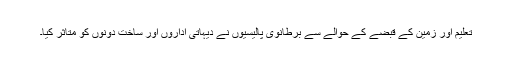
تعلیم اور زمین کے قبضے کے حوالے سے برطانوی پالیسیوں نے دیہاتی اداروں اور ساخت دونوں کو متاثر کیا۔